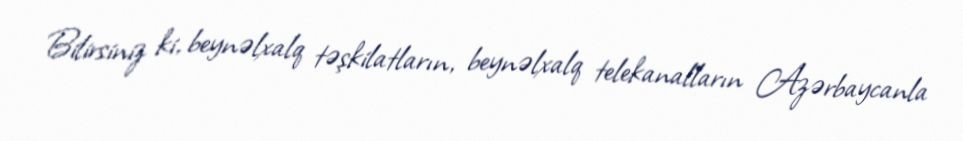
Bilirsiniz ki, beynəlxalq təşkilatların, beynəlxalq telekanalların Azərbaycanla